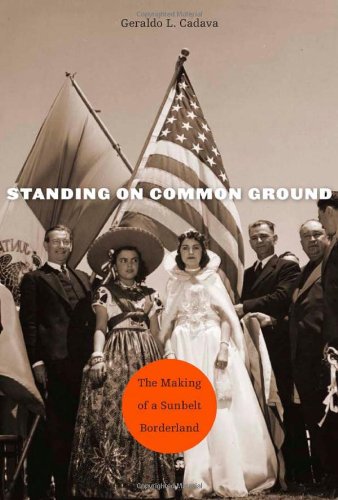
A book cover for Standing on Common Ground: The Making of a Sunbelt Borderland; Geraldo L. Cadava; History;